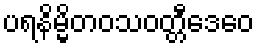
ပရနိမ္မိတဝသဝတ္တီဒေဝေ